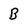
Character: B